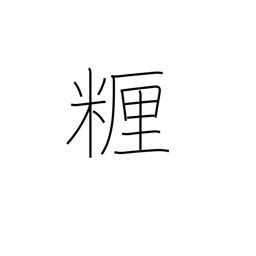
Meaning: centimeter